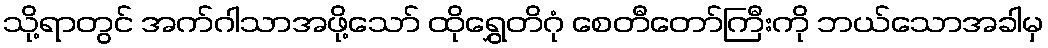
သို့ရာတွင် အက်ဂါသာအဖို့သော် ထိုရွှေတိဂုံ စေတီတော်ကြီးကို ဘယ်သောအခါမှ